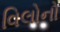
વિલોનો